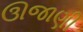
ઊજાણી